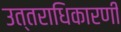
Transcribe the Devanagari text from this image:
उत्तराधिकारणी